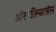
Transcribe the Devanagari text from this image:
अाॅस्ट्रेलियातील